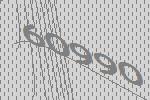
60990